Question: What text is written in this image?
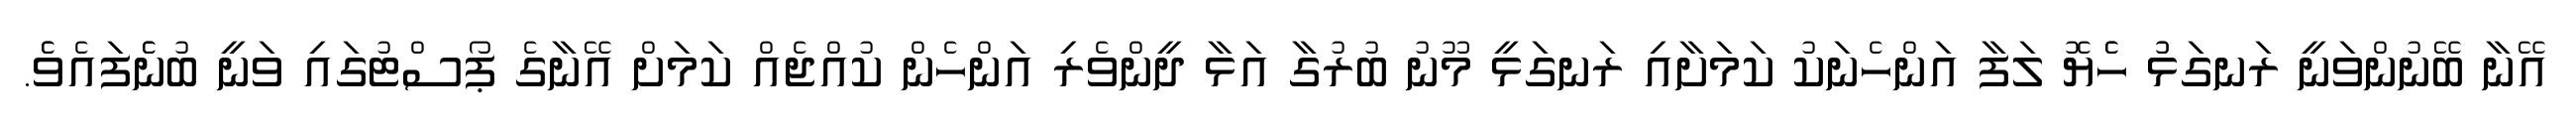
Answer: އޭނާ ބޭނުންވަނީ ރަނގަޅުު ހެެޔޮ ލަފާ އަންހެނަކު ކަމަށާއި ރަނގަޅީ މޫނު ބުރުގާ އަޅާ ދީންވެރި އަންހެން ކުއްޖެއް ކަމަށް އޭނާގެ ޕޯސްޓުގައި ވަނީ ބުނެެފައެވެެ.